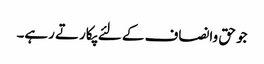
جو حق وانصاف کے لئے پکارتے رہے۔